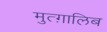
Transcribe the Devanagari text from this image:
मुत्ग़ालिब